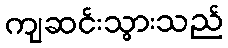
ကျဆင်းသွားသည်